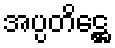
အပ္ပတိဋ္ဌေ